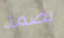
بصمة